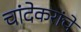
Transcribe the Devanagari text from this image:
चांदेकरांचे